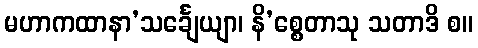
မဟာကထာနာ’သင်္ချေယျာ၊ နိ’စ္စေတာသု သတာဒိ စ။